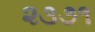
૨૩૭૧